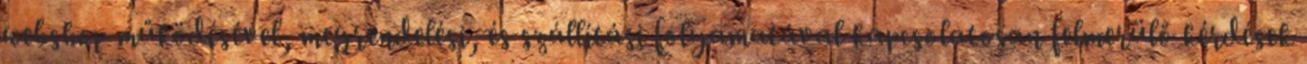
webshop működésével, megrendelési, és szállítási folyamatával kapcsolatosan felmerülő kérdések